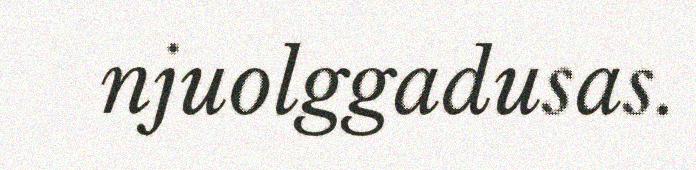
njuolggadusas.